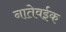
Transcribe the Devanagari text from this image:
नातेवईक